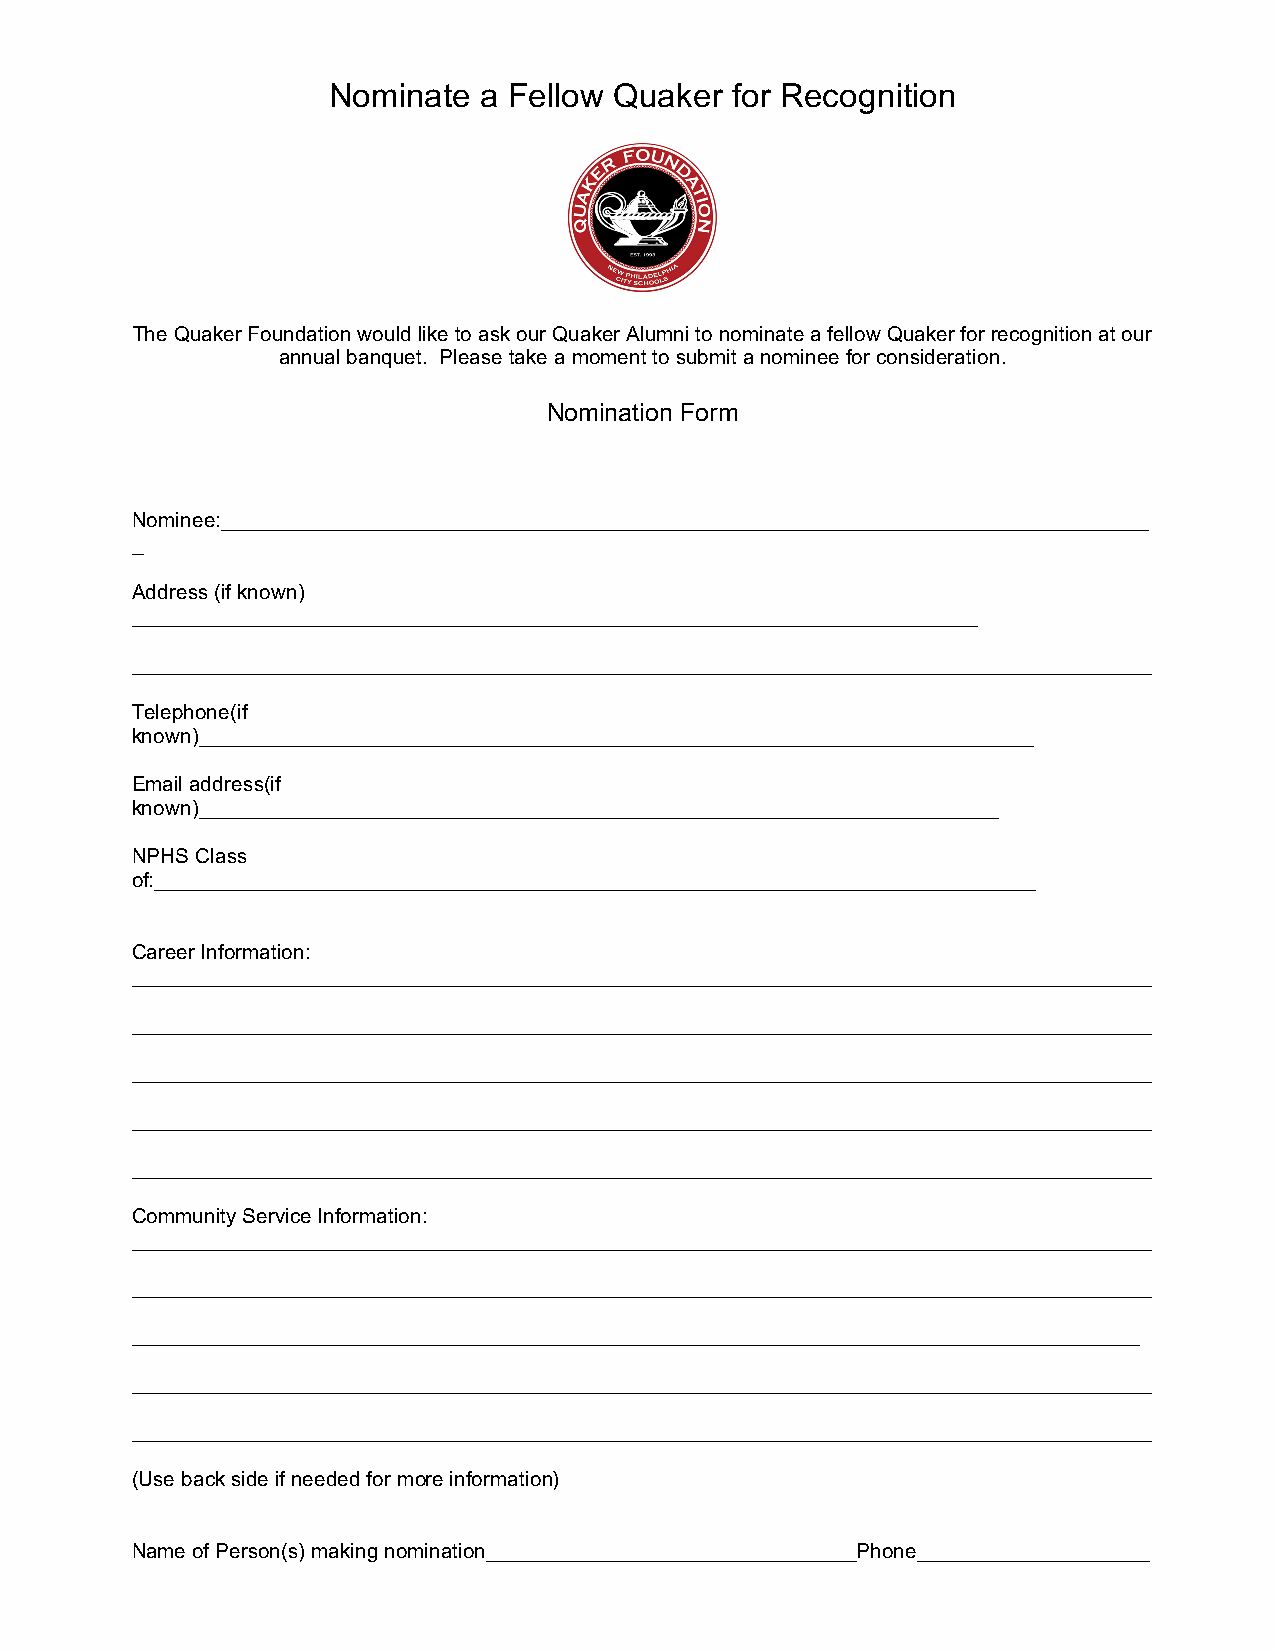
Nominate  a Fellow Quaker for Recognition
 The Quaker Foundation would like to ask our Quaker Alumni to nominate a fellow Quaker for recognition at our
 annual banquet. Please take a moment to submit a nominee for consideration.
 Nomination Form
 Nominee:________________________________________________________________________________
 _
 Address (if known)
 _________________________________________________________________________
 ________________________________________________________________________________________
 Telephone(if
 known)________________________________________________________________________
 Email address(if
 known)_____________________________________________________________________
 NPHS Class
 of:____________________________________________________________________________
 Career Information:
 ________________________________________________________________________________________
 ________________________________________________________________________________________
 ________________________________________________________________________________________
 ________________________________________________________________________________________
 ________________________________________________________________________________________
 Community Service Information:
 ________________________________________________________________________________________
 ________________________________________________________________________________________
 _______________________________________________________________________________________
 ________________________________________________________________________________________
 ________________________________________________________________________________________
 (Use back side if needed for more information)
 Name of Person(s) making nomination________________________________Phone____________________